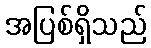
အပြစ်ရှိသည်